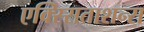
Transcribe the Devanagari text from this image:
एक्स्सिताशन्स